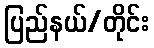
ပြည်နယ်/တိုင်း